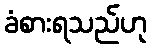
ခံစားရသည်ဟု